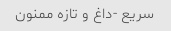
سریع -داغ و تازه ممنون